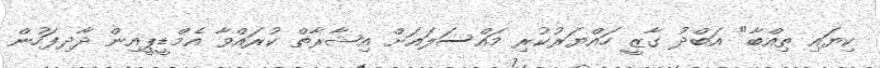
ކިޔައި ތިއްބާ" އަބްދު ގާޒީ ހައްޔަރުކުރި މައްސަލައަށް އިޝާރާތް ކުރައްވާ އެމްޑީޕީއިން ދާދިފަހުން